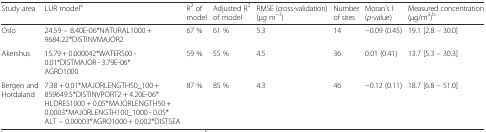
<table><thead><tr><td><b>Study area</b></td><td><b>LUR model<sup>a</sup></b></td><td><b>R<sup>2</sup> of model</b></td><td><b>Adjusted R<sup>2</sup> of model</b></td><td><b>RMSE (cross-validation) (μg m<sup>−3</sup>)</b></td><td><b>Number of sites</b></td><td><b>Moran’s I (<i>p</i>-value)</b></td><td><b>Measured concentration (μg/m<sup>3</sup>)<sup>b</sup></b></td></tr></thead><tbody><tr><td>Oslo</td><td>24.59 – 8.40E-06*NATURAL1000 + 9684.22*DISTINVMAJOR2</td><td>67 %</td><td>61 %</td><td>5.3</td><td>14</td><td>−0.09 (0.45)</td><td>19.1 [2.8 – 30.0]</td></tr><tr><td>Akershus</td><td>15.79 + 0.000042*WATER500 - 0.01*DISTMAJOR - 3.79E-06*AGRO1000</td><td>59 %</td><td>55 %</td><td>4.5</td><td>36</td><td>0.01 (0.41)</td><td>13.7 [5.3 – 30.3]</td></tr><tr><td>Bergen and Hordaland</td><td>7.38 + 0.01*MAJORLENGTH50_100 + 859649.5*DISTINVPORT2 + 4.20E-06*HLDRES1000 + 0.05*MAJORLENGTH50 + 0.0003*MAJORLENGTH100_1000 - 0.05*ALT – 0.00003*AGRO1000 + 0.002*DISTSEA</td><td>87 %</td><td>85 %</td><td>4.3</td><td>46</td><td>−0.12 (0.11)</td><td>18.7 [6.8 – 51.0]</td></tr></tbody></table>